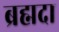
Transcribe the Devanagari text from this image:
ब्रह्मदा